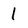
Character: 1